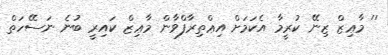
'' މާޢިޒް ޒިނޭ ކުރީމާ އެކަމަށް އިޢްތިރާފްވާން މާޢިޒް ކައިރީ ބުނެ ނަސޭހަތް